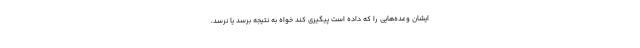
ایشان وعده‌هایی را که داده است پیگیری کند خواه به نتیجه برسد یا نرسد،